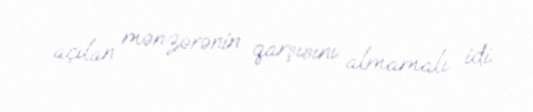
açılan mənzərənin qarşısını almamalı idi.